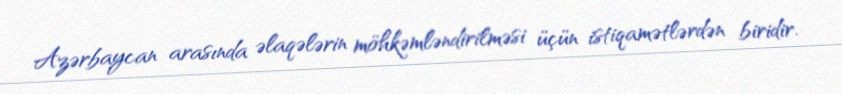
Azərbaycan arasında əlaqələrin möhkəmləndirilməsi üçün istiqamətlərdən biridir.